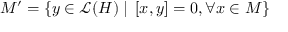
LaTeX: M ^ { \prime } = \left\{ y \in \mathcal { L } ( H ) \mid \, \left[ x , y \right] = 0 , \forall x \in M \right\}